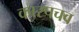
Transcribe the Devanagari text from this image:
कारपचव